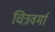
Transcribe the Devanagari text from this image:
चित्रवर्मा